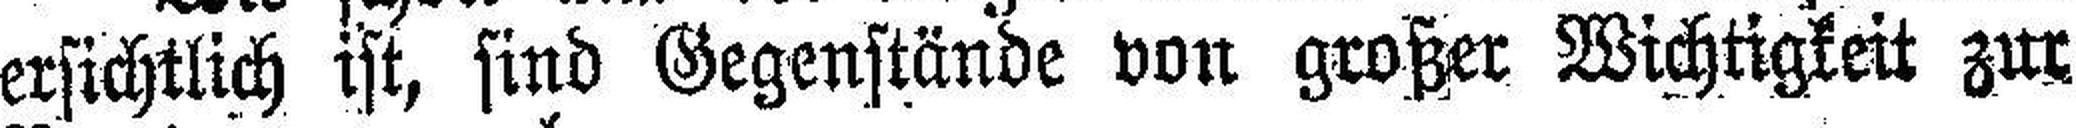
ersichtlich ist, sind Gegenstände von großer Wichtigkeit zur